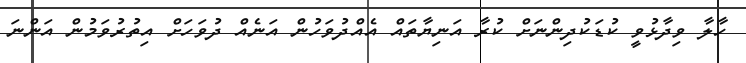
ހާލާ ވިދާޅުވީ ކުޑަކުދިންނަށް ކުރާ އަނިޔާތަައް އެއްދުވަހުން އަނެއް ދުވަހަށް އިތުރުވަމުން އަންނަ